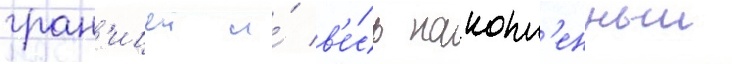
гран'ицеи и́ в'е́сь накопл'енныи